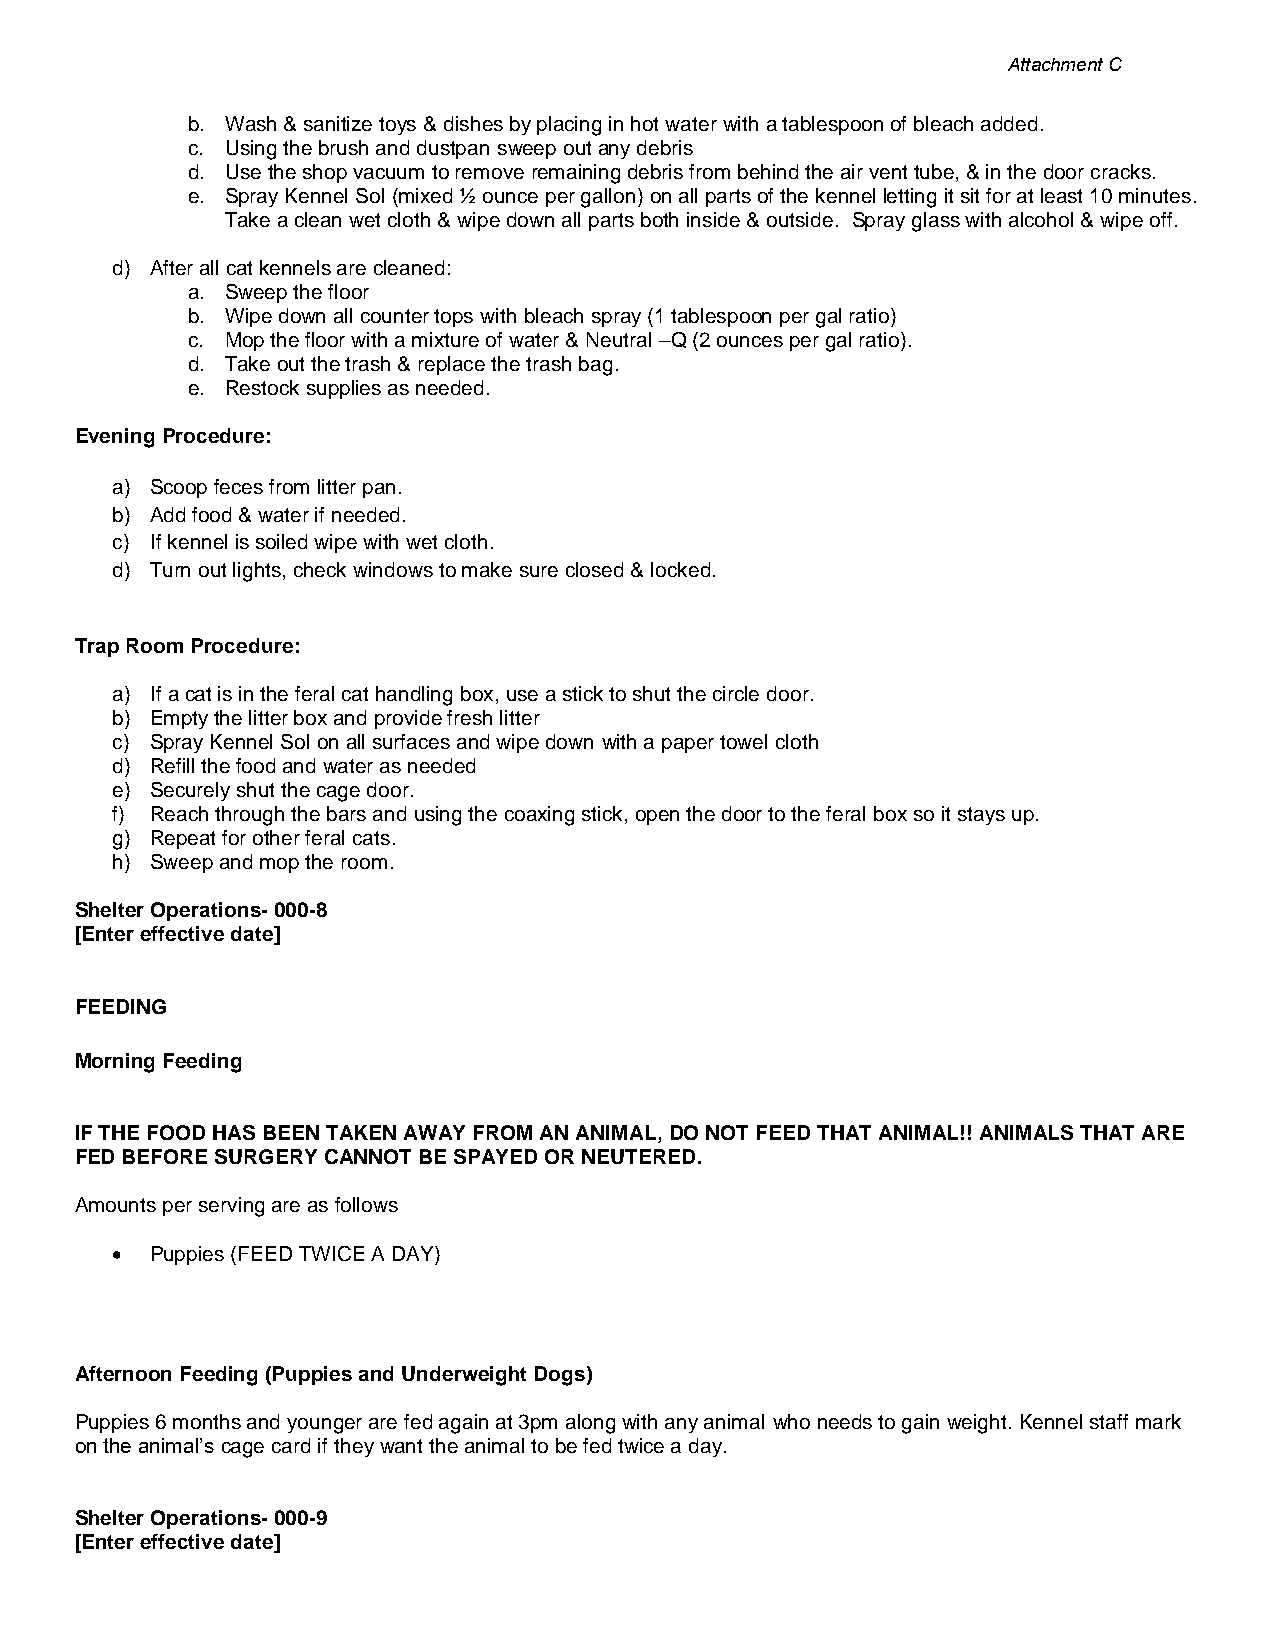
Attachment C
 b. Wash & sanitize toys & dishes by placing in hot water with a tablespoon of bleach added.
 c. Using the brush and dustpan sweep out any debris
 d. Use the shop vacuum to remove remaining debris from behind the air vent tube, & in the door cracks.
 e. Spray Kennel Sol (mixed ½ ounce per gallon) on all parts of the kennel letting it sit for at least 10 minutes.
 Take a clean wet cloth & wipe down all parts both inside & outside. Spray glass with alcohol & wipe off.
 d) After all cat kennels are cleaned:
 a. Sweep the floor
 b. Wipe down all counter tops with bleach spray (1 tablespoon per gal ratio)
 c. Mop the floor with a mixture of water & Neutral –Q (2 ounces per gal ratio).
 d. Take out the trash & replace the trash bag.
 e. Restock supplies as needed.
 Evening Procedure:
 a) Scoop feces from litter pan.
 b) Add food & water if needed.
 c) If kennel is soiled wipe with wet cloth.
 d) Turn out lights, check windows to make sure closed & locked.
 Trap Room Procedure:
 a) If a cat is in the feral cat handling box, use a stick to shut the circle door.
 b) Empty the litter box and provide fresh litter
 c) Spray Kennel Sol on all surfaces and wipe down with a paper towel cloth
 d) Refill the food and water as needed
 e) Securely shut the cage door.
 f) Reach through the bars and using the coaxing stick, open the door to the feral box so it stays up.
 g) Repeat for other feral cats.
 h) Sweep and mop the room.
 Shelter Operations- 000-8
 [Enter effective date]
 FEEDING
 Morning Feeding
 IF THE FOOD HAS BEEN TAKEN AWAY FROM AN ANIMAL, DO NOT FEED THAT ANIMAL!! ANIMALS THAT ARE
 FED BEFORE SURGERY CANNOT BE SPAYED OR NEUTERED.
 Amounts per serving are as follows
 •  Puppies (FEED TWICE A DAY)
 Afternoon Feeding (Puppies and Underweight Dogs)
 Puppies 6 months and younger are fed again at 3pm along with any animal who needs to gain weight. Kennel staff mark
 on the animal’s cage card if they want the animal to be fed twice a day.
 Shelter Operations- 000-9
 [Enter effective date]